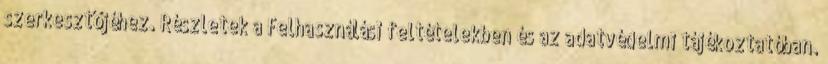
szerkesztőjéhez. Részletek a Felhasználási feltételekben és az adatvédelmi tájékoztatóban.